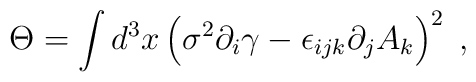
\Theta =\int d^{3}x\left( \sigma ^{2}\partial _{i}\gamma -\epsilon_{ijk}\partial _{j}A_{k}\right) ^{2}\;,